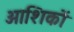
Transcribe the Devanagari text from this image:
आशिकों